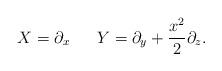
LaTeX: \begin{align*}X=\partial_x \ \ \ \ \ Y=\partial_y +\frac{x^2}{2} \partial_z.\end{align*}